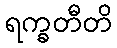
ရက္ခတီတိ